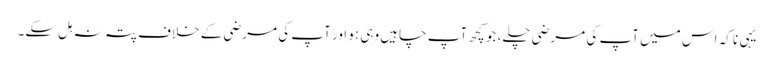
یہی نا کہ اس میں آپ کی مرضی چلے، جو کچھ آپ چاہیں وہی ہو اور آپ کی مرضی کے خلاف پتہ نہ ہل سکے۔